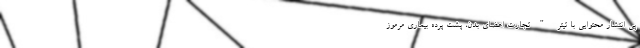
پی انتشار محتوایی با تیتر "تجارت اعضای بدن، پشت پرده بیماری مرموز